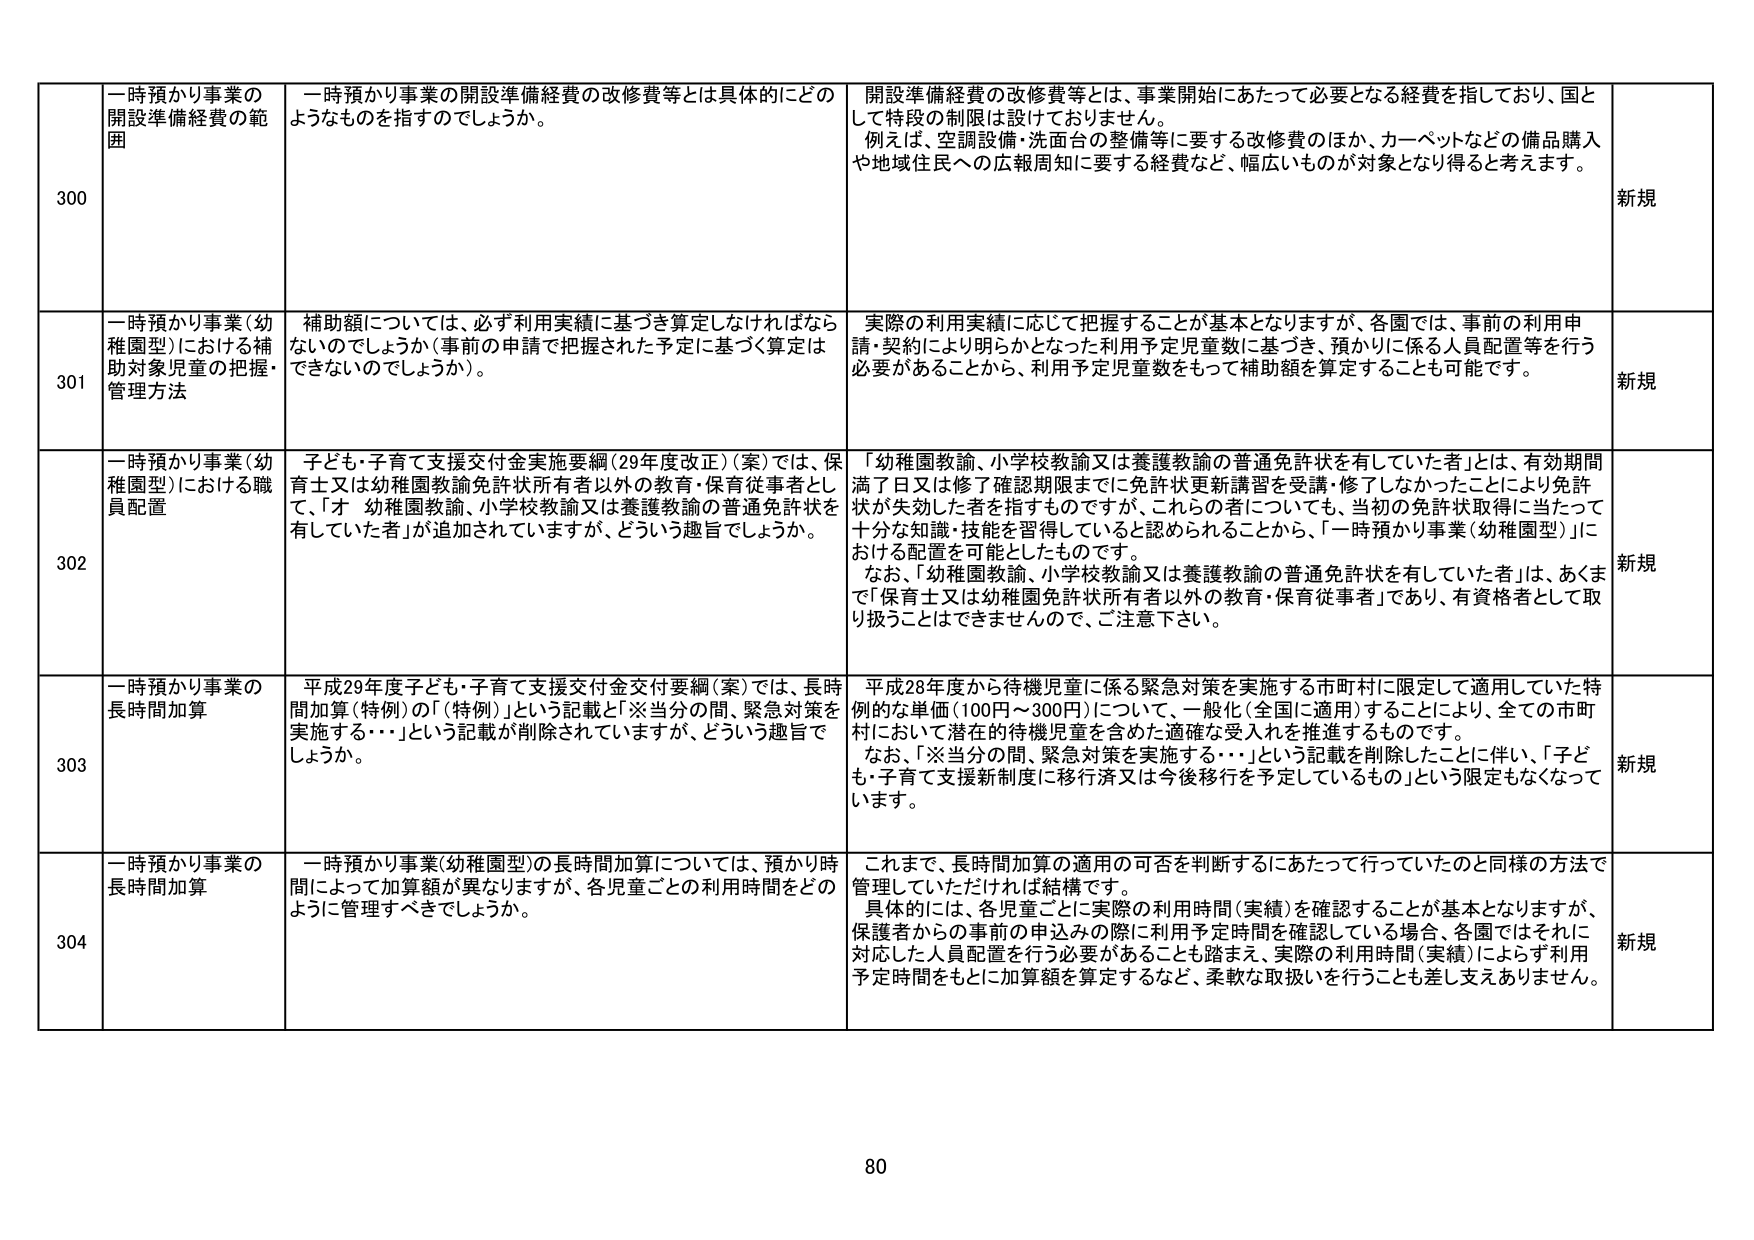
300 一時預かり事業の開設準備経費の範囲 一時預かり事業の開設準備経費の改修費等とは具体的にどのようなものを指すのでしょうか。 開設準備経費の改修費等とは、事業開始にあたって必要となる経費を指しており、国として特段の制限は設けておりません。 例えば、空調設備・洗面台の整備等に要する改修費のほか、カーペットなどの備品購入や地域住民への広報周知に要する経費など、幅広いものが対象となり得ると考えます。 新規

301 一時預かり事業（幼稚園型）における補助対象児童の把握・管理方法 補助額については、必ず利用実績に基づき算定しなければならないのでしょうか（事前の申請で把握された予定に基づく算定はできないのでしょうか）。 実際の利用実績に応じて把握することが基本となりますが、各園では、事前の利用申請・契約により明らかとなった利用予定児童数に基づき、預かりに係る人員配置等を行う必要があることから、利用予定児童数をもって補助額を算定することも可能です。 新規

302 一時預かり事業（幼稚園型）における職員配置 子ども・子育て支援交付金実施要綱（29年度改正）（案）では、保育士又は幼稚園教諭免許状所有者以外の教育・保育従事者として、「オ 幼稚園教諭、小学校教諭又は養護教諭の普通免許状を有していた者」が追加されていますが、どういう趣旨でしょうか。 「幼稚園教諭、小学校教諭又は養護教諭の普通免許状を有していた者」とは、有効期間満了日又は修了確認期限までに免許状更新講習を受講・修了しなかったことにより免許状が失効した者を指すものですが、これらの者についても、当初の免許状取得に当たって十分な知識・技能を習得していると認められることから、「一時預かり事業（幼稚園型）」における配置を可能としたものです。 なお、「幼稚園教諭、小学校教諭又は養護教諭の普通免許状を有していた者」は、あくまで「保育士又は幼稚園免許状所有者以外の教育・保育従事者」であり、有資格者として取り扱うことはできませんので、ご注意下さい。 新規

303 一時預かり事業の長時間加算 平成29年度子ども・子育て支援交付金交付要綱（案）では、長時間加算（特例）の「（特例）」という記載と「※当分の間、緊急対策を実施する・・・」という記載が削除されていますが、どういう趣旨でしょうか。 平成28年度から待機児童に係る緊急対策を実施する市町村に限定して適用していた特例的な単価（100円～300円）について、一般化（全国に適用）することにより、全ての市町村において潜在的待機児童を含めた適確な受入れを推進するものです。 なお、「※当分の間、緊急対策を実施する・・・」という記載を削除したことに伴い、「子ども・子育て支援新制度に移行済又は今後移行を予定しているもの」という限定もなくなってい ます。 新規

304 一時預かり事業の長時間加算 一時預かり事業（幼稚園型）の長時間加算については、預かり時間によって加算額が異なりますが、各児童ごとの利用時間をどのように管理すべきでしょうか。 これまで、長時間加算の適用の可否を判断するにあたって行っていたのと同様の方法で管理していただければ結構です。 具体的には、各児童ごとに実際の利用時間（実績）を確認することが基本となりますが、保護者からの事前の申込みの際に利用予定時間を確認している場合、各園ではそれに対応した人員配置を行う必要があることも踏まえ、実際の利用時間（実績）によらず利用予定時間をもとに加算額を算定するなど、柔軟な取扱いを行うことも差し支えありません。 新規

80